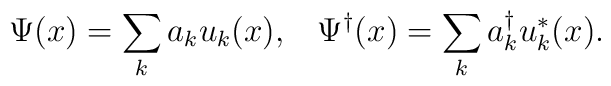
\Psi(x)=\sum_k a_k u_k(x), \;\;\; \Psi^{\dagger}(x)=\sum_k a^{\dagger}_k u^*_k(x).